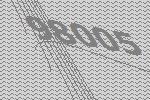
98005